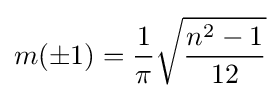
m(\pm 1)={\frac {1}{\pi }}{\sqrt {\frac {n^{2}-1}{12}}}